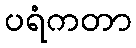
ပရံကတာ